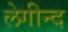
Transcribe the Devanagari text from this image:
लेगीन्द